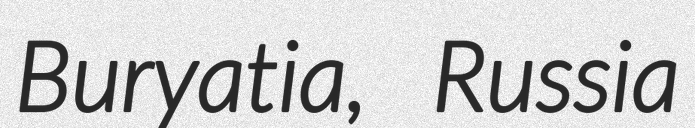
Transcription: Buryatia, Russia